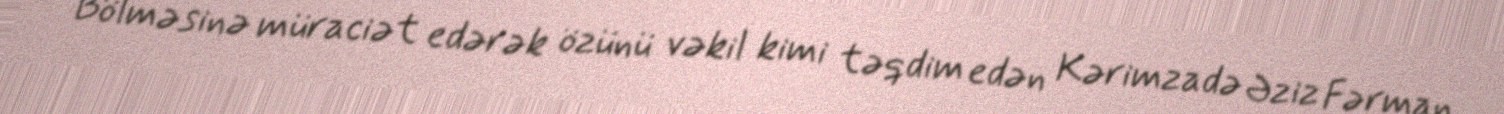
Bölməsinə müraciət edərək özünü vəkil kimi təqdim edən Kərimzadə Əziz Fərman